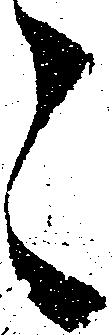
々